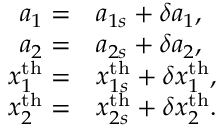
\begin{array} { r l } { a _ { 1 } = } & { a _ { 1 s } + \delta a _ { 1 } , } \\ { a _ { 2 } = } & { a _ { 2 s } + \delta a _ { 2 } , } \\ { x _ { 1 } ^ { \mathrm { t h } } = } & { x _ { 1 s } ^ { \mathrm { t h } } + \delta x _ { 1 } ^ { \mathrm { t h } } , } \\ { x _ { 2 } ^ { \mathrm { t h } } = } & { x _ { 2 s } ^ { \mathrm { t h } } + \delta x _ { 2 } ^ { \mathrm { t h } } . } \end{array}